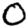
Digit: 0